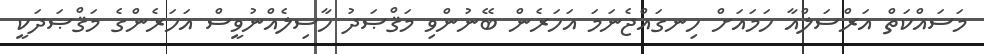
މަސައްކަތް އަރްސަލްއާ ހަމައަށް ހިނގައްޖެނަމަ އަހަރެން ބޭނުންވި މަޤްޞަދު ހާސިލެއްނުވީސް އަހަރެންގެ މަޤްޞަދަކީ